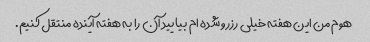
هوم من این هفته خیلی رزرو شده ام بیایید آن را به هفته آینده منتقل کنیم.